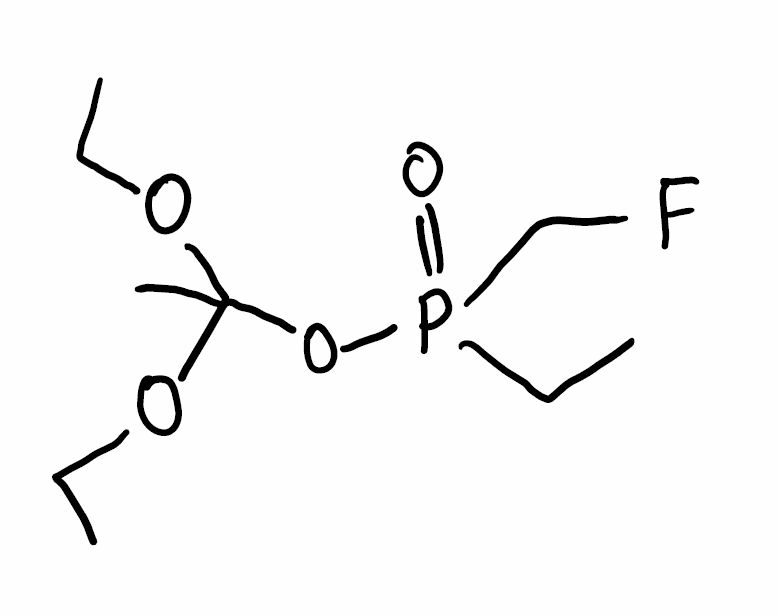
Simplified molecular-input line-entry system (SMILES) notation of the given molecule:
CCOC(C)(OCC)OP(=O)(CC)CF